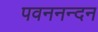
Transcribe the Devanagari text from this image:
पवननन्दन